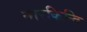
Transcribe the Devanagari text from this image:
नारकिन्दि